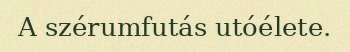
A szérumfutás utóélete.